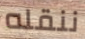
ننقله